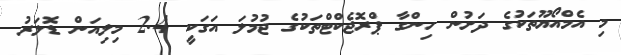
މި އެމްއޯޔޫތަކުގެ ދަށުން ހިންގާ ޕްރޮޖެކްޓްތަކުގެ ޖުމުލަ އަގަކީ 2.4 މިލިއަން ޑޮލަރު